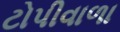
ટોપીવાળા